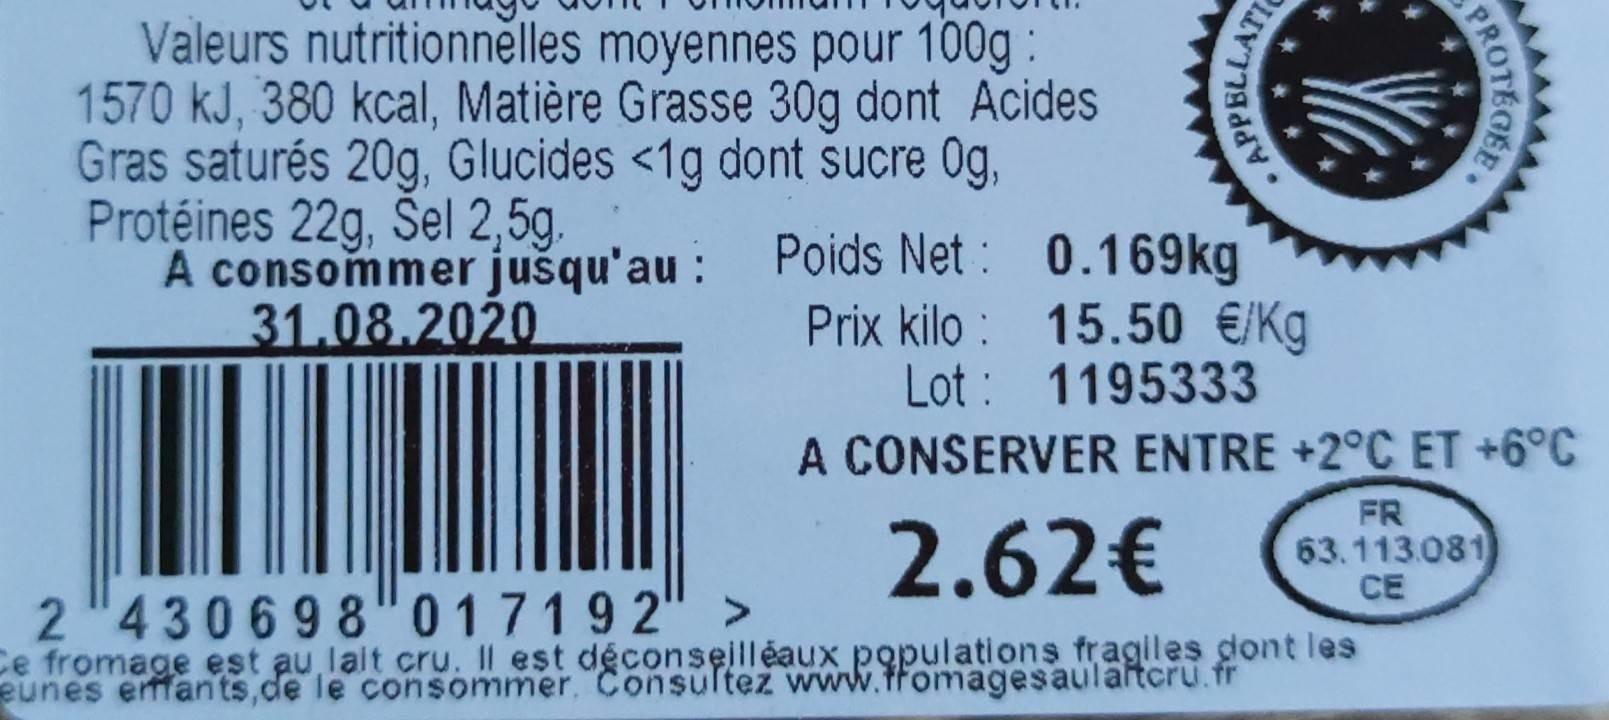
Valeurs nutritionnělles moyennes pour 100g: 1570 kJ, 380 kcal, Matière Grasse 30g dont Acides Gras saturés 20g, Glucides <1g dont sucre 0g, Protéines 22g, Šel 2,5g. A consommer jušqu'au : Poids Net : 0.169kg 31.08.2020
Prix kilo : 15.50 €/Kg Lot : 1195333
A CONSERVER ENTRE +2°C ET +6°C
2.62€
FR 63.113.081 CE
2 "430698"017192 Ce fromage est au lait cru. Il est déconseilléaux populations fragiles dont les eunes efan'ts,de le consommer. Consultez www.tfomagesaulartcru fr
PROTEGE